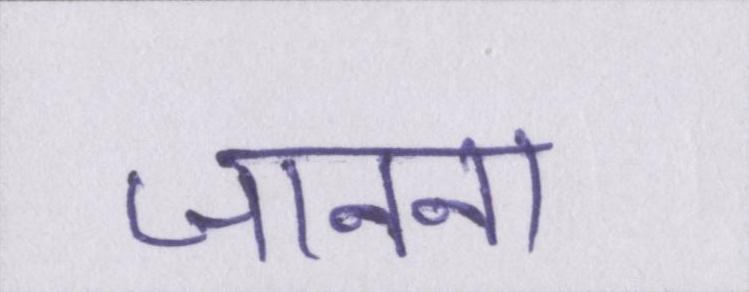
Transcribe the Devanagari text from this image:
जानना